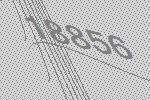
18856